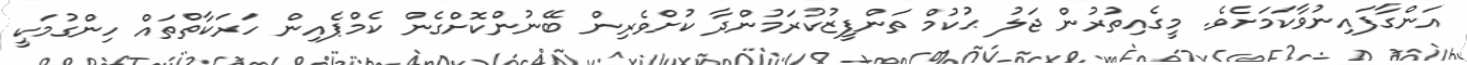
އަންގާފައިނުވާކަމަށެވެ. މީގެއިތުރުން ޖަލު ޙުކުމް ތަންފީޒުކުރަމުންދާ ކުށްވެރިން ބޭނުންކޮށްގެން ކެމްޕެއިން ހަރަކާތްތައް ހިންގުމަކީ